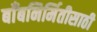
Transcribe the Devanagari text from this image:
बाँबनिर्मितीसाठी